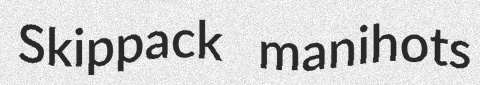
Skippack manihots